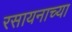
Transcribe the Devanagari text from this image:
रसायनाच्या